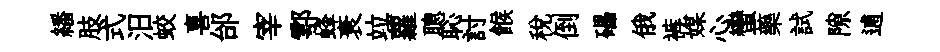
繙肢式汨蛟喜邰宰鄠蜂衰竝蘿聰恥討餱税倒礧俄裤媒心蠻藥試隙逋